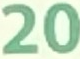
20